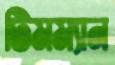
টিমম্যান